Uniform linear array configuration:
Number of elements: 12
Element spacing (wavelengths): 0.5
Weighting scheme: uniform
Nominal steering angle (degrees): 30
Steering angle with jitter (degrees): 28.623
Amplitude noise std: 0.05
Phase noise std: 0.05

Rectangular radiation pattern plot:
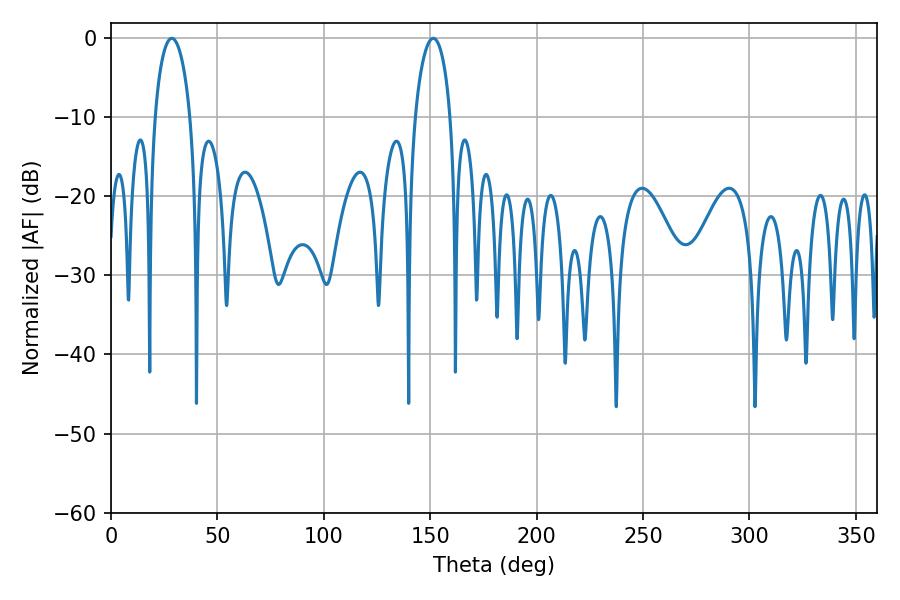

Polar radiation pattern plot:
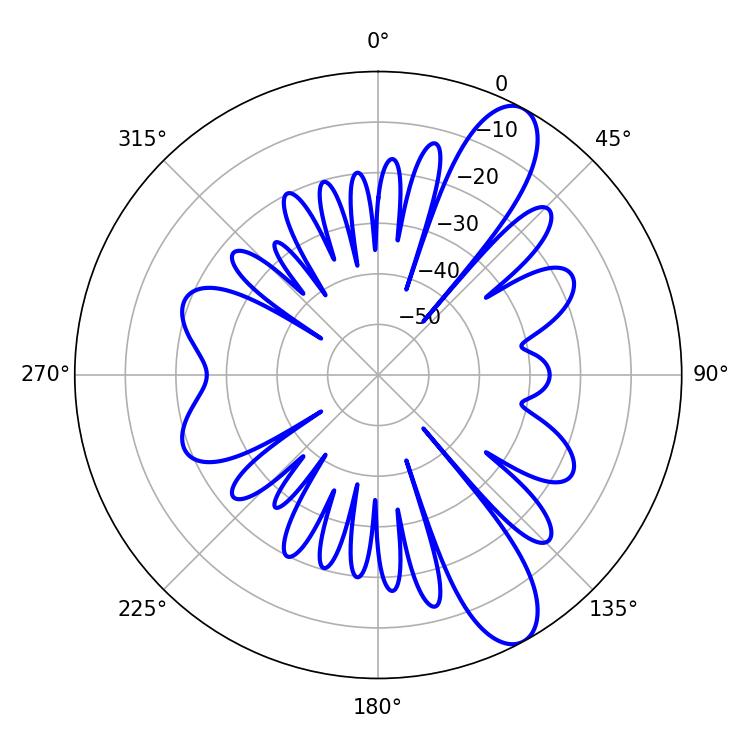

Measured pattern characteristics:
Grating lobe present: FALSE
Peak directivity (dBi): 10.581
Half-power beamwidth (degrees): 9.54
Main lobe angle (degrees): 28.62